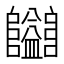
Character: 𱁄